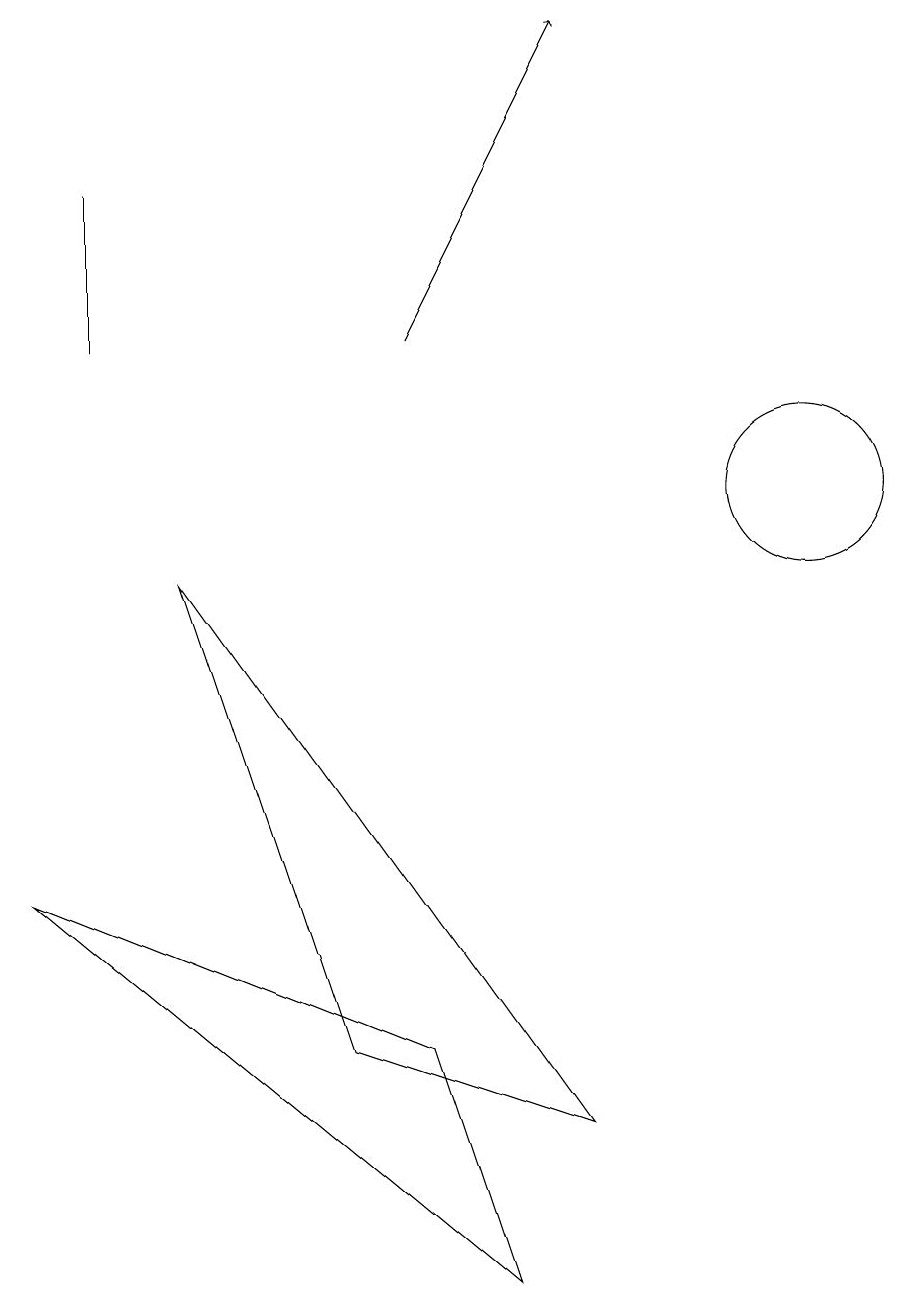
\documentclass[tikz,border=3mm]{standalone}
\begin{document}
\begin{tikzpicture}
\draw[->] (6,12) -- (8,16);
\draw (2,14) rectangle (2,12);
\draw (3,9) -- (8,2) -- (5,3) -- cycle;
\draw (7,0) -- (6,3) -- (1,5) -- cycle;
\draw (11,10) circle (1);
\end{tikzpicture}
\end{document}